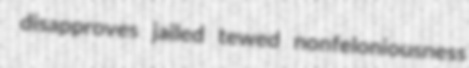
disapproves jailed tewed nonfeloniousness